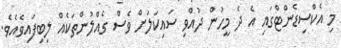
މި އެކްސިޑެންޓްގައި އެ ދެ މީހުން ދުއްވި ސައިކަލަށް ވެސް ގެއްލުންތަކެއް ލިބިފައިވެއެވެ.